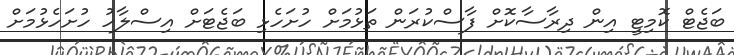
ބަޖެޓް ކޮމިޓީ އިން ދިރާސާކޮށް ފާސްކުރަން ތަޅުމަށް ހުށަހެޅި ބަޖެޓަށް އިސްލާހު ހުށަހެޅުމަށް